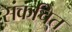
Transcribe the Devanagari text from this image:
संकचित